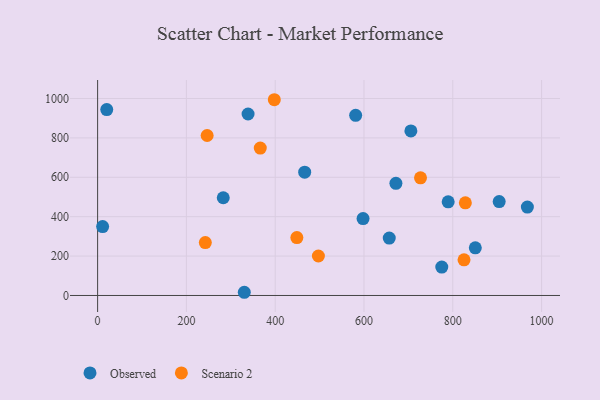
{"axis": {"x": "Engine Size", "y": "Fuel Efficiency"}, "legend": ["Observed", "Scenario 2"], "data": [{"x": "466.4", "y": 626.2, "type": "Observed"}, {"x": "904.5", "y": 476.9, "type": "Observed"}, {"x": "775.2", "y": 144.1, "type": "Observed"}, {"x": "11.3", "y": 349.6, "type": "Observed"}, {"x": "581.2", "y": 914.8, "type": "Observed"}, {"x": "705.6", "y": 835.5, "type": "Observed"}, {"x": "597.9", "y": 390.2, "type": "Observed"}, {"x": "656.9", "y": 291.2, "type": "Observed"}, {"x": "330.4", "y": 16.2, "type": "Observed"}, {"x": "671.9", "y": 569.5, "type": "Observed"}, {"x": "283.0", "y": 496.0, "type": "Observed"}, {"x": "338.9", "y": 921.3, "type": "Observed"}, {"x": "968.0", "y": 448.8, "type": "Observed"}, {"x": "20.6", "y": 943.8, "type": "Observed"}, {"x": "789.6", "y": 475.4, "type": "Observed"}, {"x": "850.7", "y": 241.7, "type": "Observed"}, {"x": "825.3", "y": 181.1, "type": "Scenario 2"}, {"x": "727.3", "y": 597.2, "type": "Scenario 2"}, {"x": "242.6", "y": 268.4, "type": "Scenario 2"}, {"x": "497.3", "y": 200.4, "type": "Scenario 2"}, {"x": "246.7", "y": 812.1, "type": "Scenario 2"}, {"x": "828.3", "y": 470.1, "type": "Scenario 2"}, {"x": "366.4", "y": 748.3, "type": "Scenario 2"}, {"x": "448.8", "y": 293.9, "type": "Scenario 2"}, {"x": "398.0", "y": 993.8, "type": "Scenario 2"}]}